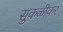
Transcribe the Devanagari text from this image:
सुकळीकर